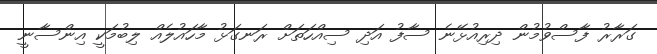
ގަރާރު ފާސްވުމުން ދިރިއުޅޭނެ ސާފު އަދި ސިއްހަތަށް ރަނގަޅު މާހައުލެއް ލިބުމަކީ އިންސާނީ